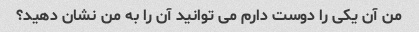
من آن یکی را دوست دارم می توانید آن را به من نشان دهید؟